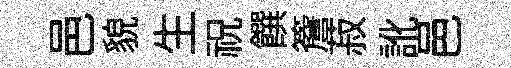
邑貌生祝饌簷菽訛邑